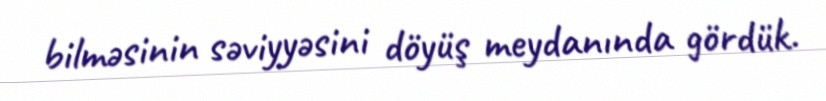
bilməsinin səviyyəsini döyüş meydanında gördük.